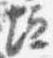
垣